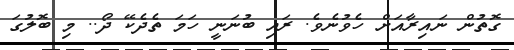
ގޮތުން ނައިރާއަށް ހެވުނެވެ. ރައި ބުނަނީ ހަމަ ތެދެކޭ ދޯ.. މި ބޮލުގަ